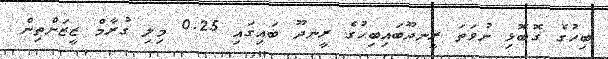
ބިހުގެ ގޮބޮޅި ނުވަތަ ރީނދޫބައިބިހުގެ ރީނދޫ ބައިގައި 0.25 މިލި ގުރާމް ޒީޒަންތިން